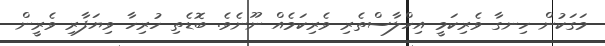
މަގަކުން ހިނގާ ވެރިކަމީ އިހްލާސްތެރި ވެރިކަމެއް ނޫނެވެ. ބޮޑެތި ހުރިހާ ވިޔަފާރި ވެރީން